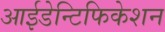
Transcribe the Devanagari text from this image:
आईडेन्टिफिकेशन